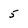
Character: 5